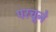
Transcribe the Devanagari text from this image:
परचूने